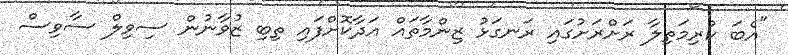
"އެބަ ކުރިމަތިލާ ރަށްރަށުގައި ރަނގަޅު ޒިންމާތައް އަދާކޮށްފައި ތިބި ޒުވާނުން ސިވިލް ސާވިސް